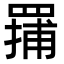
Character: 𬙤